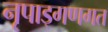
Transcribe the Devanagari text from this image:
नृपाड्गणगत